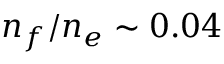
n _ { f } / n _ { e } \sim 0 . 0 4